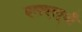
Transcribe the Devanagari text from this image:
एलएल्‌बी